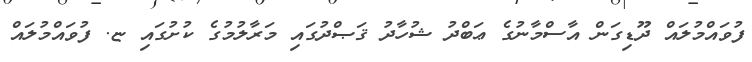
ފުވައްމުލައް ދޫޑިގަން އާސްމާނުގެ ޢަބްދު ޝުހާދު ޤަޞްދުގައި މަރާލުމުގެ ކުށުގައި ޏ. ފުވައްމުލައް